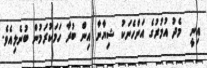
އިނީ  މެދު އުމުރުގެ އަންހެނަކު ޝިޔާނާ އިން ބުރާ ހަމަކުރަމުން ބުނެލިއެވެ.